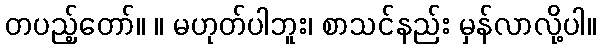
တပည့်တော်။ ။ မဟုတ်ပါဘူး၊ စာသင်နည်း မှန်လာလို့ပါ။